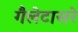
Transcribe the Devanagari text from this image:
गैलेटासरे